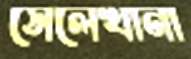
সেলেখানা